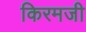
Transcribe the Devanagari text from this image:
किरमजी